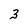
Character: 3